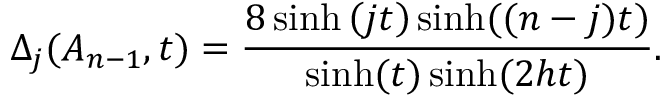
\Delta _ { j } ( A _ { n - 1 } , t ) = \frac { 8 \sinh \left( j t \right) \sinh ( ( n - j ) t ) } { \sinh ( t ) \sinh ( 2 h t ) } .